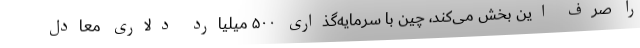
را صرف این بخش می‌کند، چین با سرمایه‌گذاری ۵۰۰ میلیارد دلاری معادل